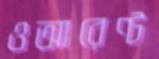
ওআরেণ্ট